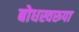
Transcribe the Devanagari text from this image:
बोधस्वरूपा